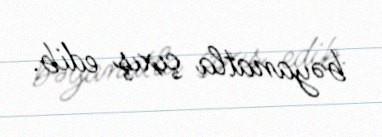
bəyanatla çıxış edib.